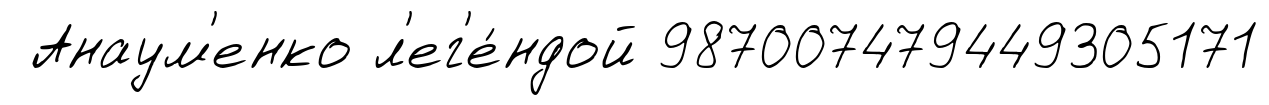
Анаум'енко л'ег'е́ндой 987007479449305171